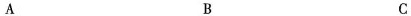
A B C